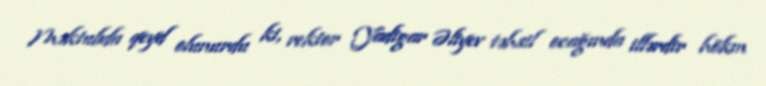
Məktubda qeyd olunurdu ki, rektor Yadigar Əliyev təhsil ocağında illərdir hökm